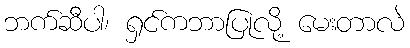
ဘက်ဆီပါ၊ ရှင်ကဘာပြုလို့ မေးတာလဲ